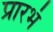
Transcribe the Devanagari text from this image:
प्रारभं